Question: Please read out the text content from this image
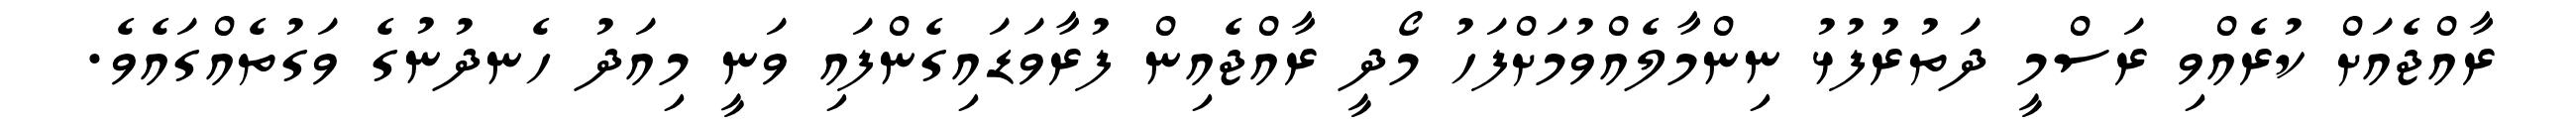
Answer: ރާއްޖެއަށް ކުރެއްވި ރަސްމީ ދަތުރުފުޅު ނިންމާލެއްވުމަށްފަހު މޯދީ ރާއްޖެއިން ފުރާވަޑައިގެންފައި ވަނީ މިއަދު ހެނދުނުގެ ވަގުތެއްގައެވެ.